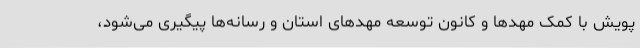
پویش با کمک مهدها و کانون توسعه مهدهای استان و رسانه‌ها پیگیری می‌شود،